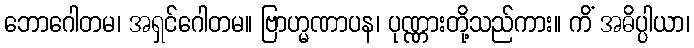
ဘောဂေါတမ၊ အရှင်ဂေါတမ။ ဗြာဟ္မဏာပန၊ ပုဏ္ဏားတို့သည်ကား။ ကိံ အဓိပ္ပါယာ၊